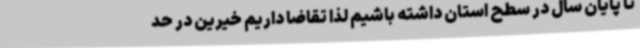
تا پایان سال در سطح استان داشته باشیم لذا تقاضا داریم خیرین در حد